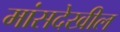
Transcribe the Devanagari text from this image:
मांसदेखील